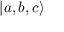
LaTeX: | a , b , c \rangle